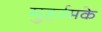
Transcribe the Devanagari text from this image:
मुहर्रमके